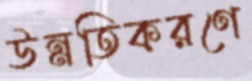
উন্নতিকরণে